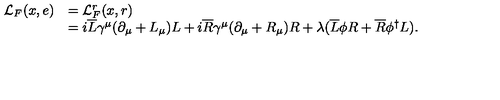
\begin{array} { c l } { { \cal { L } } _ { F } ( x , e ) } & { = { \cal { L } } _ { F } ^ { r } ( x , r ) } \\ { } & { = i \overline { { L } } \gamma ^ { \mu } ( { \partial } _ { \mu } + L _ { \mu } ) L + i \overline { { R } } \gamma ^ { \mu } ( { \partial } _ { \mu } + R _ { \mu } ) R + \lambda ( \overline { { L } } \phi { R } + \overline { { R } } { \phi } ^ { \dag } L ) . } \\ \end{array}